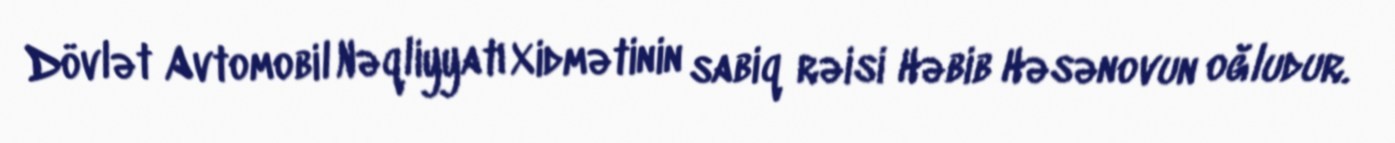
Dövlət Avtomobil Nəqliyyatı Xidmətinin sabiq rəisi Həbib Həsənovun oğludur.